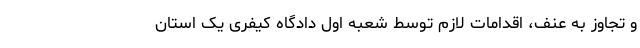
و تجاوز به عنف، اقدامات لازم توسط شعبه اول دادگاه کیفری یک استان